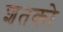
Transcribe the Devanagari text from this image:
शतको